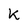
Character: k